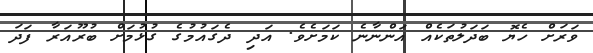
ވަރަށް ހެޔޮ ބަދަލުތަކެއް އަންނާނެ ކަމަށެވެ. އަދި ދެގައުމުގެ ގުޅުމަށް ބުރޫއަރާ ފަދަ